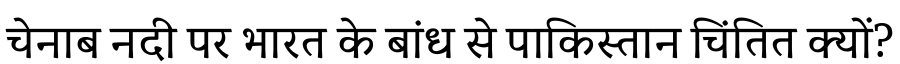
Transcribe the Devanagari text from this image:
चेनाब नदी पर भारत के बांध से पाकिस्तान चिंतित क्यों?